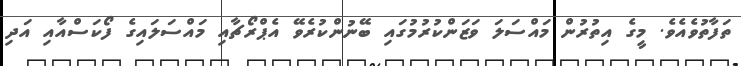
ތަފާތުވެއެވެ. މީގެ އިތުރުން މައްސަލަ ވަޒަންކުރުމުގައި ބޭނުންކުރެވޭ އެޕްރޯޗާއި މައްސަލައިގެ ފޯކަސްއާއި އަދި